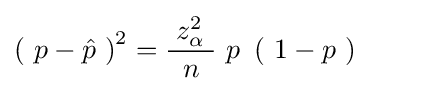
\left(\ p-{\hat {p}}\ \right)^{2}={\frac {\;z_{\alpha }^{2}\ }{n}}\ p\ \left(\ 1-p\ \right)\ \qquad